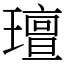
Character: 璮